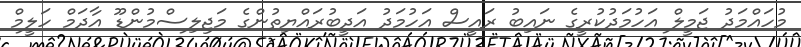
މުހައްމަދު ޖަމީލް އަހުމަދުކުރީގެ ނައިބު ރައީސް އަހުމަދު އަދީބުރައްޔިތުންގެ މަޖިލިސްމުންޑޫ އާދަމް ހަލީމް